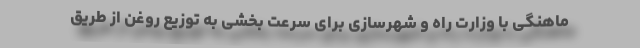
ماهنگی با وزارت راه و شهرسازی برای سرعت بخشی به توزیع روغن از طریق